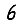
Digit: 6